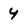
Character: y